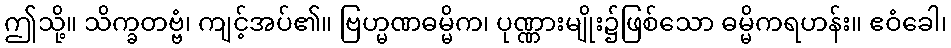
ဤသို့။ သိက္ခတဗ္ဗံ၊ ကျင့်အပ်၏။ ဗြဟ္မဏဓမ္မိက၊ ပုဏ္ဏားမျိုး၌ဖြစ်သော ဓမ္မိကရဟန်း။ ဧဝံခေါ၊